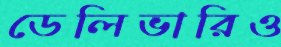
ডেলিভারিও